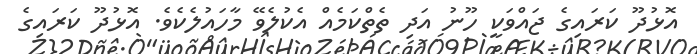
އޮޅުދޫ ކަރައިގެ ޖައްވަކީ ހޫނު އަދި ތެތްކަމެއް އެކުލެވޭ މާހައުލެކެވެ. އޮޅުދޫ ކަރައިގެ